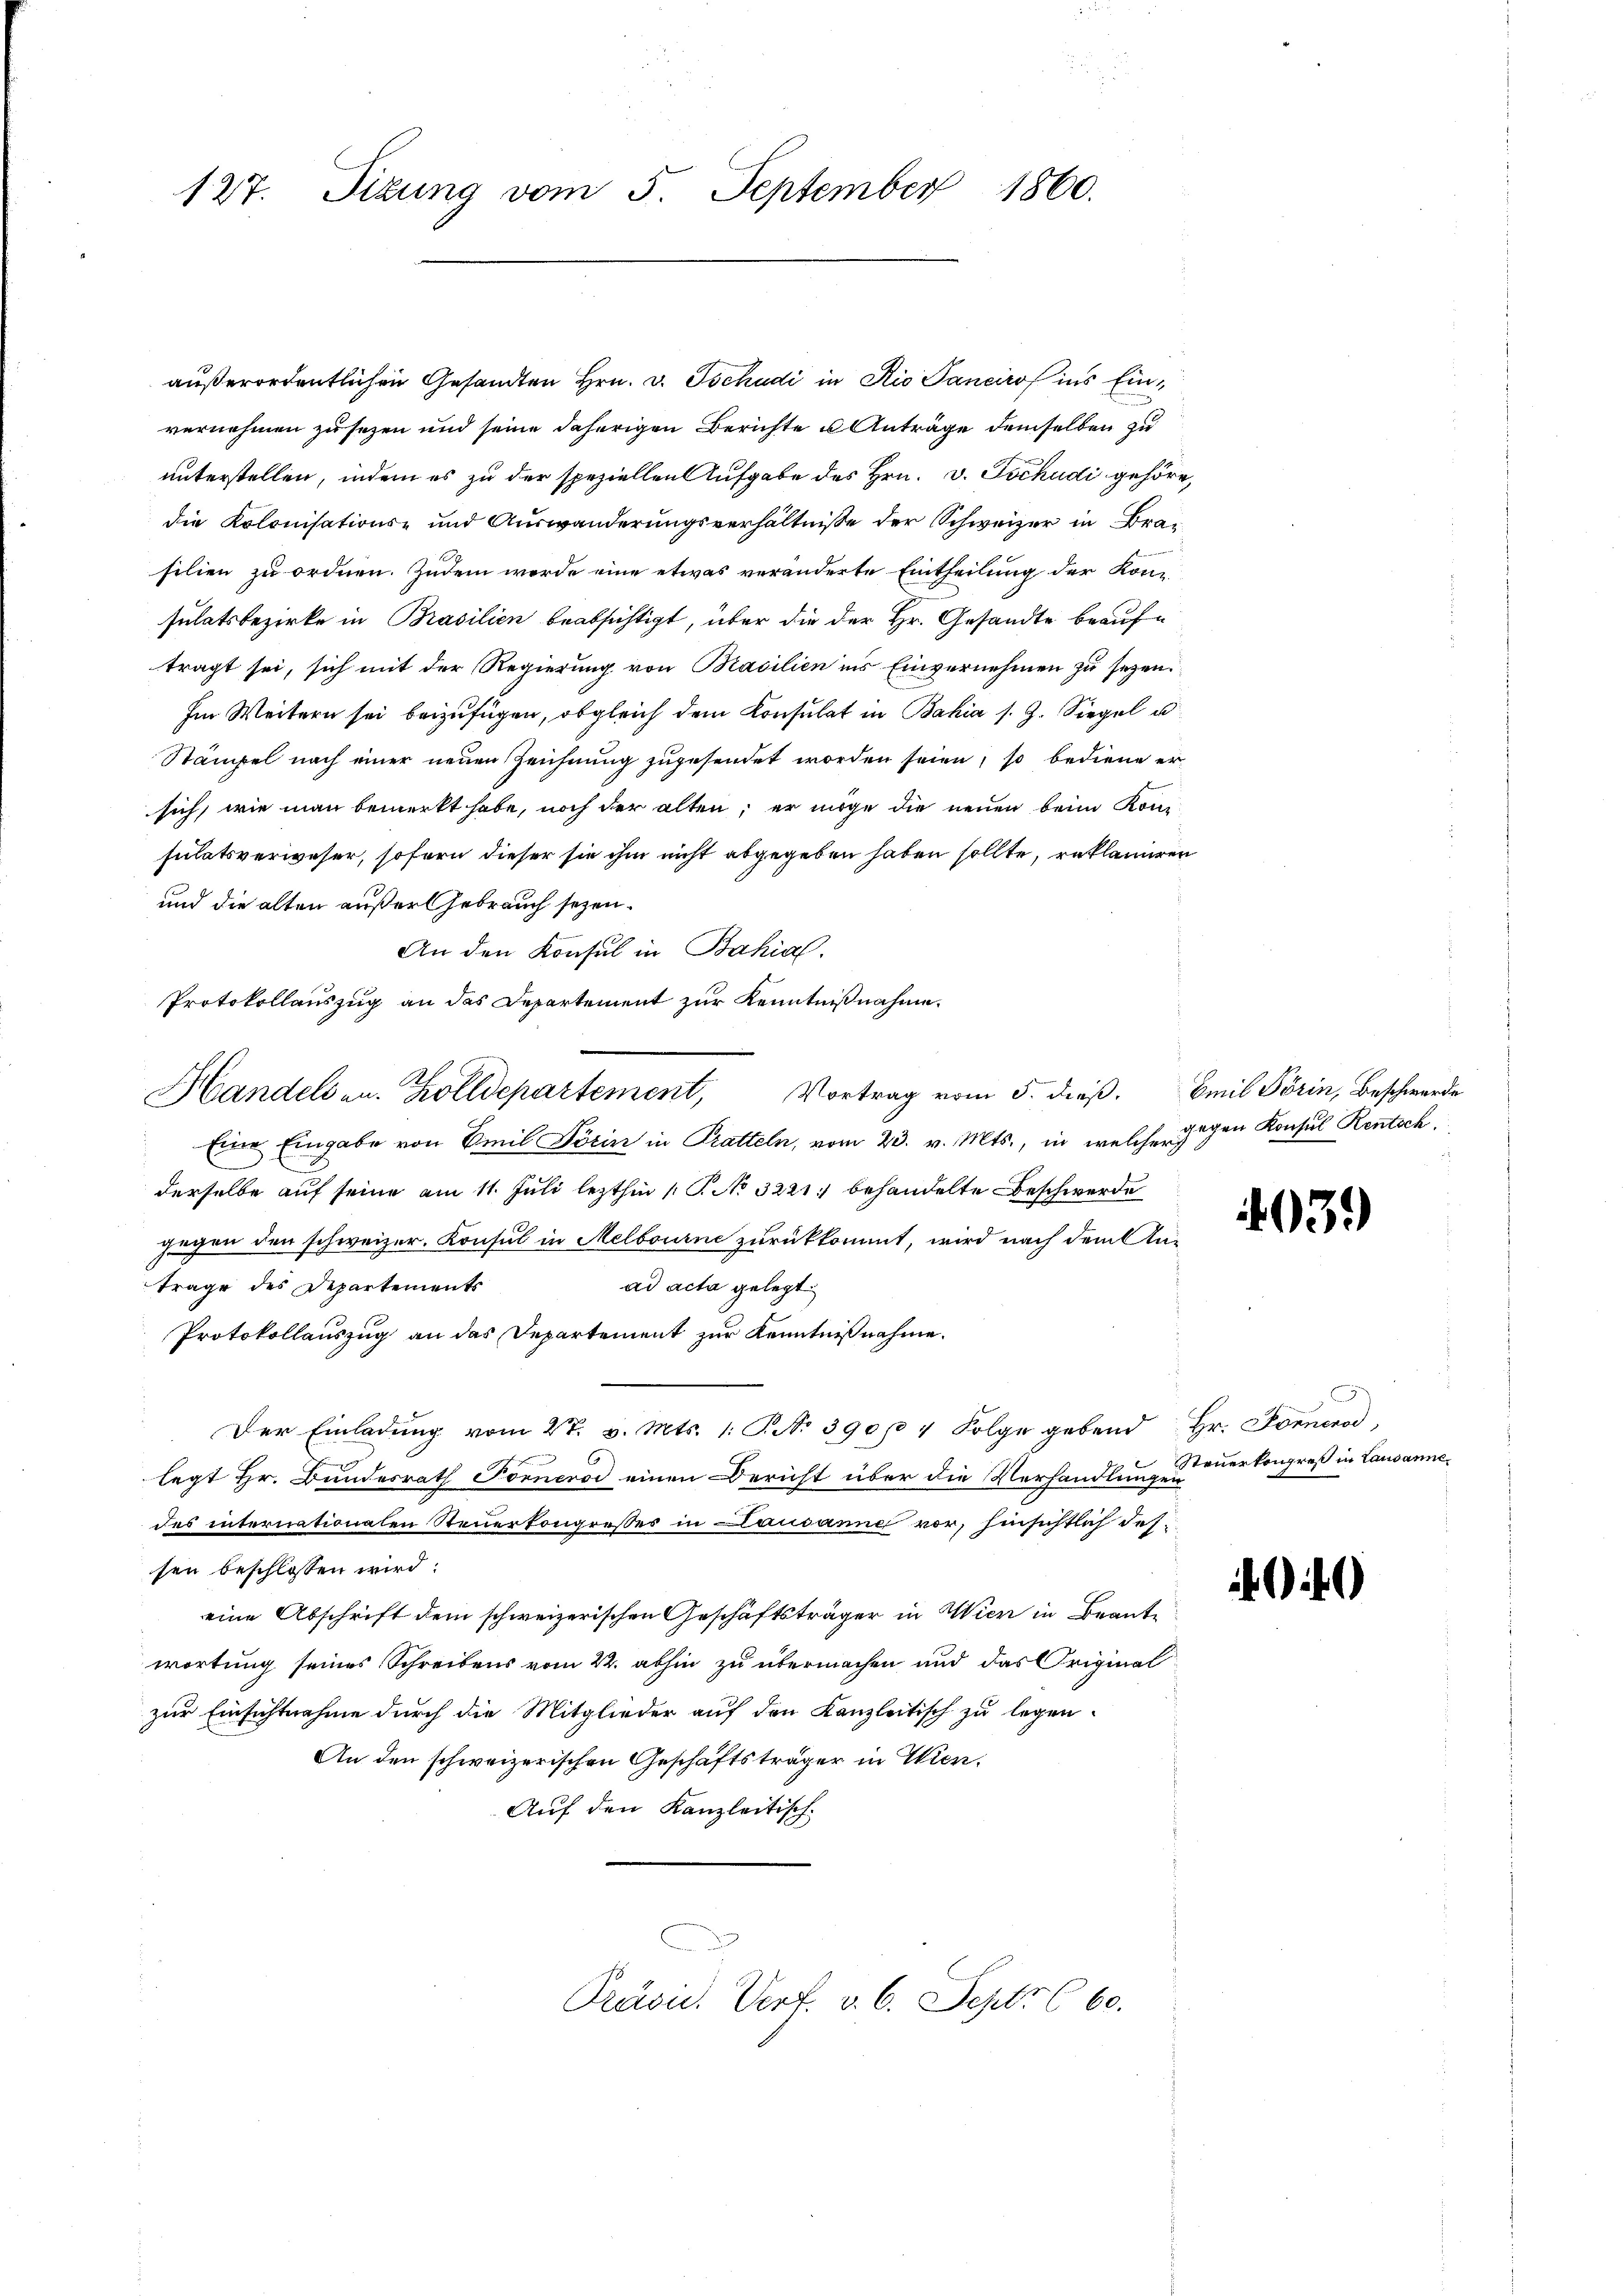
1860.
127. Sizung vom 5. September

außerordentlichen Gesandten Hrn. v. Tschudi in Rio Sanciro ins Einvernehmen zu sezen und seine daherigen Berichte u Anträge demselben zu
unterstellen, indem es zu der speziellen Aufgabe des Hrn. v. Tschudi gehöre
die Kolonisations- und Auswanderungsverhältnisse der Schweizer in Brasilien zu ordnen. Zudem werde eine etwas veränderte Eintheilung der Konsulatsbezirke in Prasilien beabsichtigt, über die der Hr. Gesandte beauftragt sei, sich mit der Regierung von Basilien ins Einvernehmen zu sezen.
Im Weitern sei beizufügen, obgleich dem Konsulat in Bahia s. Z. Siegel u
Stämpel nach einer neuen Zeichnung zugesendet worden seien, so bediene er
sich, wie man bemerkt habe, noch der alten; er möge die neuen beim Kom
sulatsverweser, sofern dieser sie ihm nicht abgegeben haben sollte, reklamiren
und die alten außer Gebrauch seyen.
An den Konsul in Bahial.
Protokollauszug an das Departement zur Kenntnißnahme.
Handelsen. Zolldepartement, Vortrag vom 5. dieß.
Eine Eingabe von Emil Förin in Pratteln, vom 23. v. Mts., in welcher
derselbe auf seine am 11. Juli lezthin 1 S. No 3221. behandelte Beschwerde
gegen den schweizer. Konsul in Melbourne zurückkommt, wird nach dem Antrage des Departements
ad acta gelegt
Protokollauszug an das Departement zur Kenntnißnahme.
Der Einladung vom 27. v. Mts. 1. T. No 390 p 7 Folge gebend
legt Hr. Bundesrath Fornerod einen Bericht über die Verhandlung Feuerkongreß in Lausannedes internationaten Steuerkongresses in Lausanne vor, hinsichtlich des
sen beschlossen wird:
eine Abschrift dem schweizerischen Geschäftsträger in Wien in Beantwortung seines Schreibens vom 22. abhin zu übermachen und das Original
zur Einsichtnahme durch die Mitglieder auf den Kanzleitisch zu legen
An den schweizerischen Geschäftsträger in Wien.
Auf den Kanzleitisch-
Präsu. Verf. v. 6. Sept. 660.

Emil Förin, Beschwerde
gegen Konsul Rentsch

039)

n
Hr. Fornerod

0